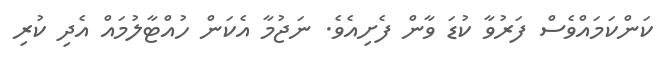
ކަންކަމައްވެސް ފަރުވާ ކުޑަ ވާން ފެށިއެވެ. ނަޖުމާ އެކަން ހުއްޓާލުމައް އެދި ކުރި